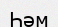
Һәм